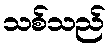
သစ်သည်